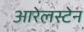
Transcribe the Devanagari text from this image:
आरेलस्टेन